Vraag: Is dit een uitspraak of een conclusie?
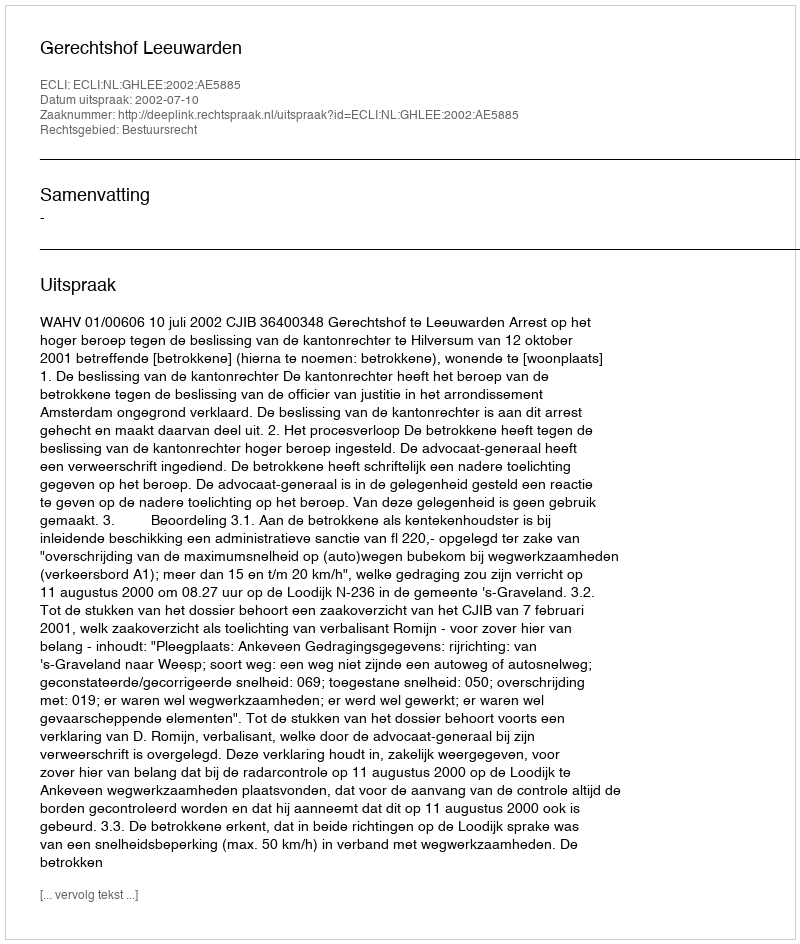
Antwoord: Uitspraak